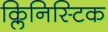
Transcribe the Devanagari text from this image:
क्लिनिस्टिक